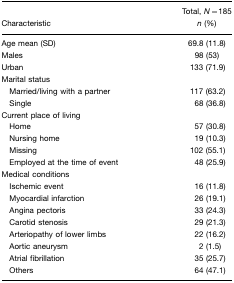
<table><thead><tr><td><b>Characteristic</b></td><td><b>Total, <i>N</i>=185<i>n</i> (%)</b></td></tr></thead><tbody><tr><td>Age mean (SD)</td><td>69.8 (11.8)</td></tr><tr><td>Males</td><td>98 (53)</td></tr><tr><td>Urban</td><td>133 (71.9)</td></tr><tr><td colspan="2">Marital status</td></tr><tr><td> Married/living with a partner</td><td>117 (63.2)</td></tr><tr><td> Single</td><td>68 (36.8)</td></tr><tr><td colspan="2">Current place of living</td></tr><tr><td> Home</td><td>57 (30.8)</td></tr><tr><td> Nursing home</td><td>19 (10.3)</td></tr><tr><td> Missing</td><td>102 (55.1)</td></tr><tr><td> Employed at the time of event</td><td>48 (25.9)</td></tr><tr><td colspan="2">Medical conditions</td></tr><tr><td> Ischemic event</td><td>16 (11.8)</td></tr><tr><td> Myocardial infarction</td><td>26 (19.1)</td></tr><tr><td> Angina pectoris</td><td>33 (24.3)</td></tr><tr><td> Carotid stenosis</td><td>29 (21.3)</td></tr><tr><td> Arteriopathy of lower limbs</td><td>22 (16.2)</td></tr><tr><td> Aortic aneurysm</td><td>2 (1.5)</td></tr><tr><td> Atrial fibrillation</td><td>35 (25.7)</td></tr><tr><td> Others</td><td>64 (47.1)</td></tr></tbody></table>